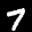
Label: 7